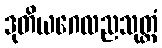
ဒုတိယဂေလညသုတ္တံ